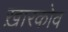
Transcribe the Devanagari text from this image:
ख़ारकोव